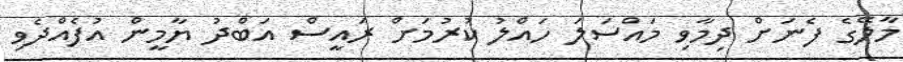
މާލޭގެ ފެނަށް ދިމާވި މައްސަލަ ހައްލު ކުރުމަށް ރައީސް އަބްދު ޔާމީން އުފެއްދެވި